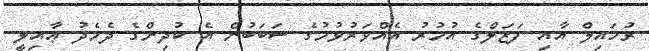
ރުހައިލް އާއި ފަޒަލްގެ އުމުރު އެއްވަރުވުމުގެ ސަބަބުން އެ ކުދިންގެ ދެމެދު ޢާއިލީ